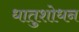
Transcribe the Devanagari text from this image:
धातुशोधन